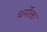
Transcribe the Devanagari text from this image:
धर्मोक्त